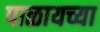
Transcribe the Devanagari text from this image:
पाळायच्या